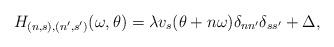
LaTeX: \begin{align*}H_{(n,s),(n',s')}(\omega,\theta)=\lambda v_s(\theta+n\omega)\delta_{nn'}\delta_{ss'}+\Delta,\end{align*}